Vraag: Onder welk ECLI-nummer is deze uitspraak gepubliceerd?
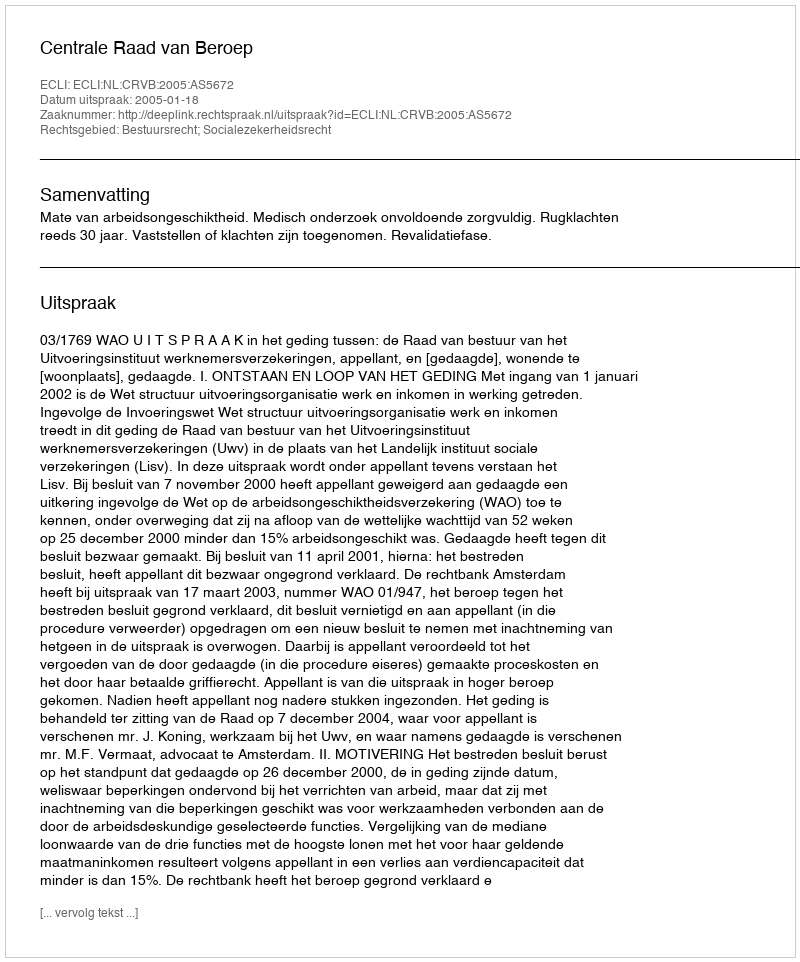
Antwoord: ECLI:NL:CRVB:2005:AS5672